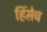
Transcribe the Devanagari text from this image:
हिंसेच